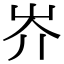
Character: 岕